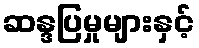
ဆန္ဒပြမှုများနှင့်